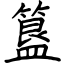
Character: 簋